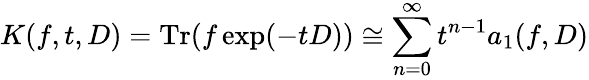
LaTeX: K(f,t,D)=\mathrm{Tr}(f\exp(-tD))\cong\sum_{n=0}^{\infty}t^{n-1}a_{1}(f,D)